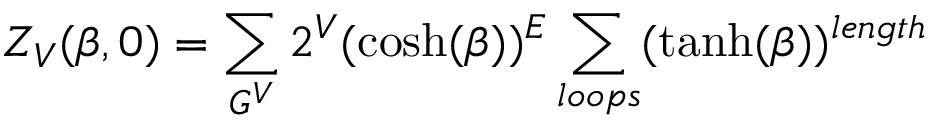
Z _ { V } ( \beta , 0 ) = \sum _ { G ^ { V } } 2 ^ { V } ( \cosh ( \beta ) ) ^ { E } \sum _ { l o o p s } ( \operatorname { t a n h } ( \beta ) ) ^ { l e n g t h }